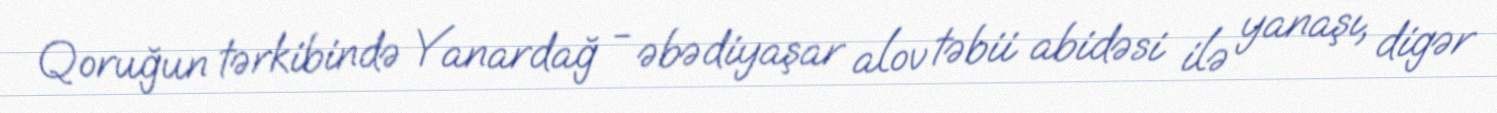
Qoruğun tərkibində Yanardağ - əbədiyaşar alov təbii abidəsi ilə yanaşı, digər